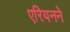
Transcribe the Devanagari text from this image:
एरियनने